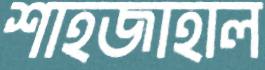
শাহজাহাল